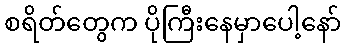
စရိတ်တွေက ပိုကြီးနေမှာပေါ့နော်